Annual report of the Punjab Veterinary College and of the Civil Veterinary Department, Punjab - 1909-1919
Year: 1909
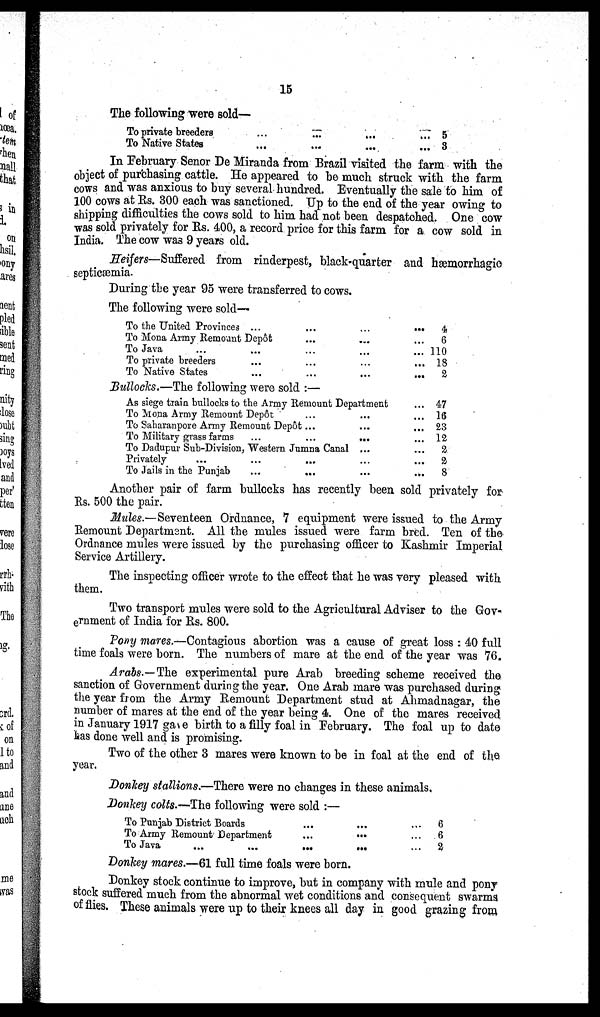
15
The following were sold—
To private breeders
To Native States
...
...
...
...
...
...
...
...
5
3
In February Senor De Miranda from Brazil visited the farm with the
object of purchasing cattle. He appeared to be much struck with the farm
cows and was anxious to buy several hundred. Eventually the sale to him of
100 cows at Rs. 300 each was sanctioned. Up to the end of the year owing to
shipping difficulties the cows sold to him had not been despatched. One cow
was sold privately for Rs. 400, a record price for this farm for a cow sold in
India. The cow was 9 years old.
Heifers—Suffered from rinderpest, black-quarter and hæmorrhagic
septicæmia.
During the year 95 were transferred to cows.
The following were sold—
To the United Provinces ... ...
...
To Mona Army Remount Depôt
...
...
...
To Java
...
...
...
...
...
To private breeders
...
...
...
...
To Native States
...
...
...
...
Bullocks.—The following were sold :—
As siege train bullocks to the Army Remount Department
...
To Mona Army Remount Depôt
...
...
...
To Saharanpore Army Remount Depôt ... ...
...
To Military grass farms
...
...
...
To Dadupur Sub-Division, Western Jumna Canal ...
...
Privately
...
...
...
...
...
To Jails in the Punjab
...
...
...
4
6
110
18
2
47
16
23
12
2
2
8
Another pair of farm bullocks has recently been sold privately for
Rs. 500 the pair.
Mules.—Seventeen Ordnance, 7 equipment were issued to the Army
Remount Department. All the mules issued were farm bred. Ten of the
Ordnance mules were issued by the purchasing officer to Kashmir Imperial
Service Artillery.
The inspecting officer wrote to the effect that he was very pleased with
them.
Two transport mules were sold to the Agricultural Adviser to the Gov-
ernment of India for Rs. 800.
Pony mares.—Contagious abortion was a cause of great loss : 40 full
time foals were born. The numbers of mare at the end of the year was 76.
Arabs.—The experimental pure Arab breeding scheme received the
sanction of Government during the year. One Arab mare was purchased during
the year from the Army Remount Department stud at Ahmadnagar, the
number of mares at the end of the year being 4. One of the mares received
in January 1917 gave birth to a filly foal in February. The foal up to date
has done well and is promising.
Two of the other 3 mares were known to be in foal at the end of the
year.
Donkey stallions.—There were no changes in these animals.
Donkey colts.—The following were sold :—
To Punjab District Boards
To Army Remount Department
To Java
...
...
...
...
...
...
...
...
...
...
...
6
6
2
Donkey mares.—61 full time foals were born.
Donkey stock continue to improve, but in company with mule and pony
stock suffered much from the abnormal wet conditions and consequent swarms
of flies. These animals were up to their knees all day in good grazing from